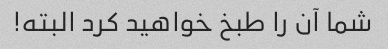
شما آن را طبخ خواهید کرد البته!